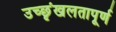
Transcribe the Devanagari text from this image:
उच्छृंखलतापूर्ण